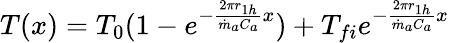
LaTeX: \begin{array}{r}{T(x)=T_{0}(1-e^{-\frac{2{\pi r}_{1h}}{{\dot{m}}_{a}C_{a}}x})+T_{fi}e^{-\frac{2{\pi r}_{1h}}{{\dot{m}}_{a}C_{a}}x}}\end{array}